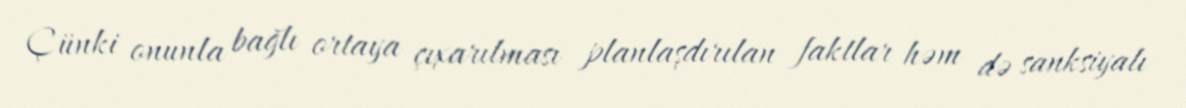
Çünki onunla bağlı ortaya çıxarılması planlaşdırılan faktlar həm də sanksiyalı